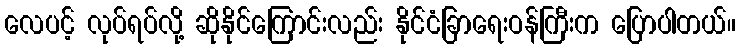
လေပင့် လုပ်ရပ်လို့ ဆိုနိုင်ကြောင်းလည်း နိုင်ငံခြာရေးဝန်ကြီးက ပြောပါတယ်။